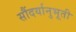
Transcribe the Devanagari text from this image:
सौंदर्यानुभूती